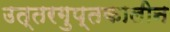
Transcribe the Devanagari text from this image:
उत्तरगुप्तकालीन